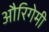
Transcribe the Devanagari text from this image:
औरिगेमी